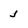
Character: J